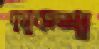
বুসুকপা